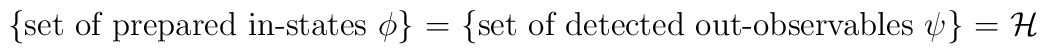
\mbox{\hspace*{-1cm}\{set of prepared in-states $\phi$\} =  \{set of	detected out-observables $\psi$\} = $\mathcal{H}$}